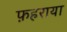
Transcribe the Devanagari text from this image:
फ़हराया